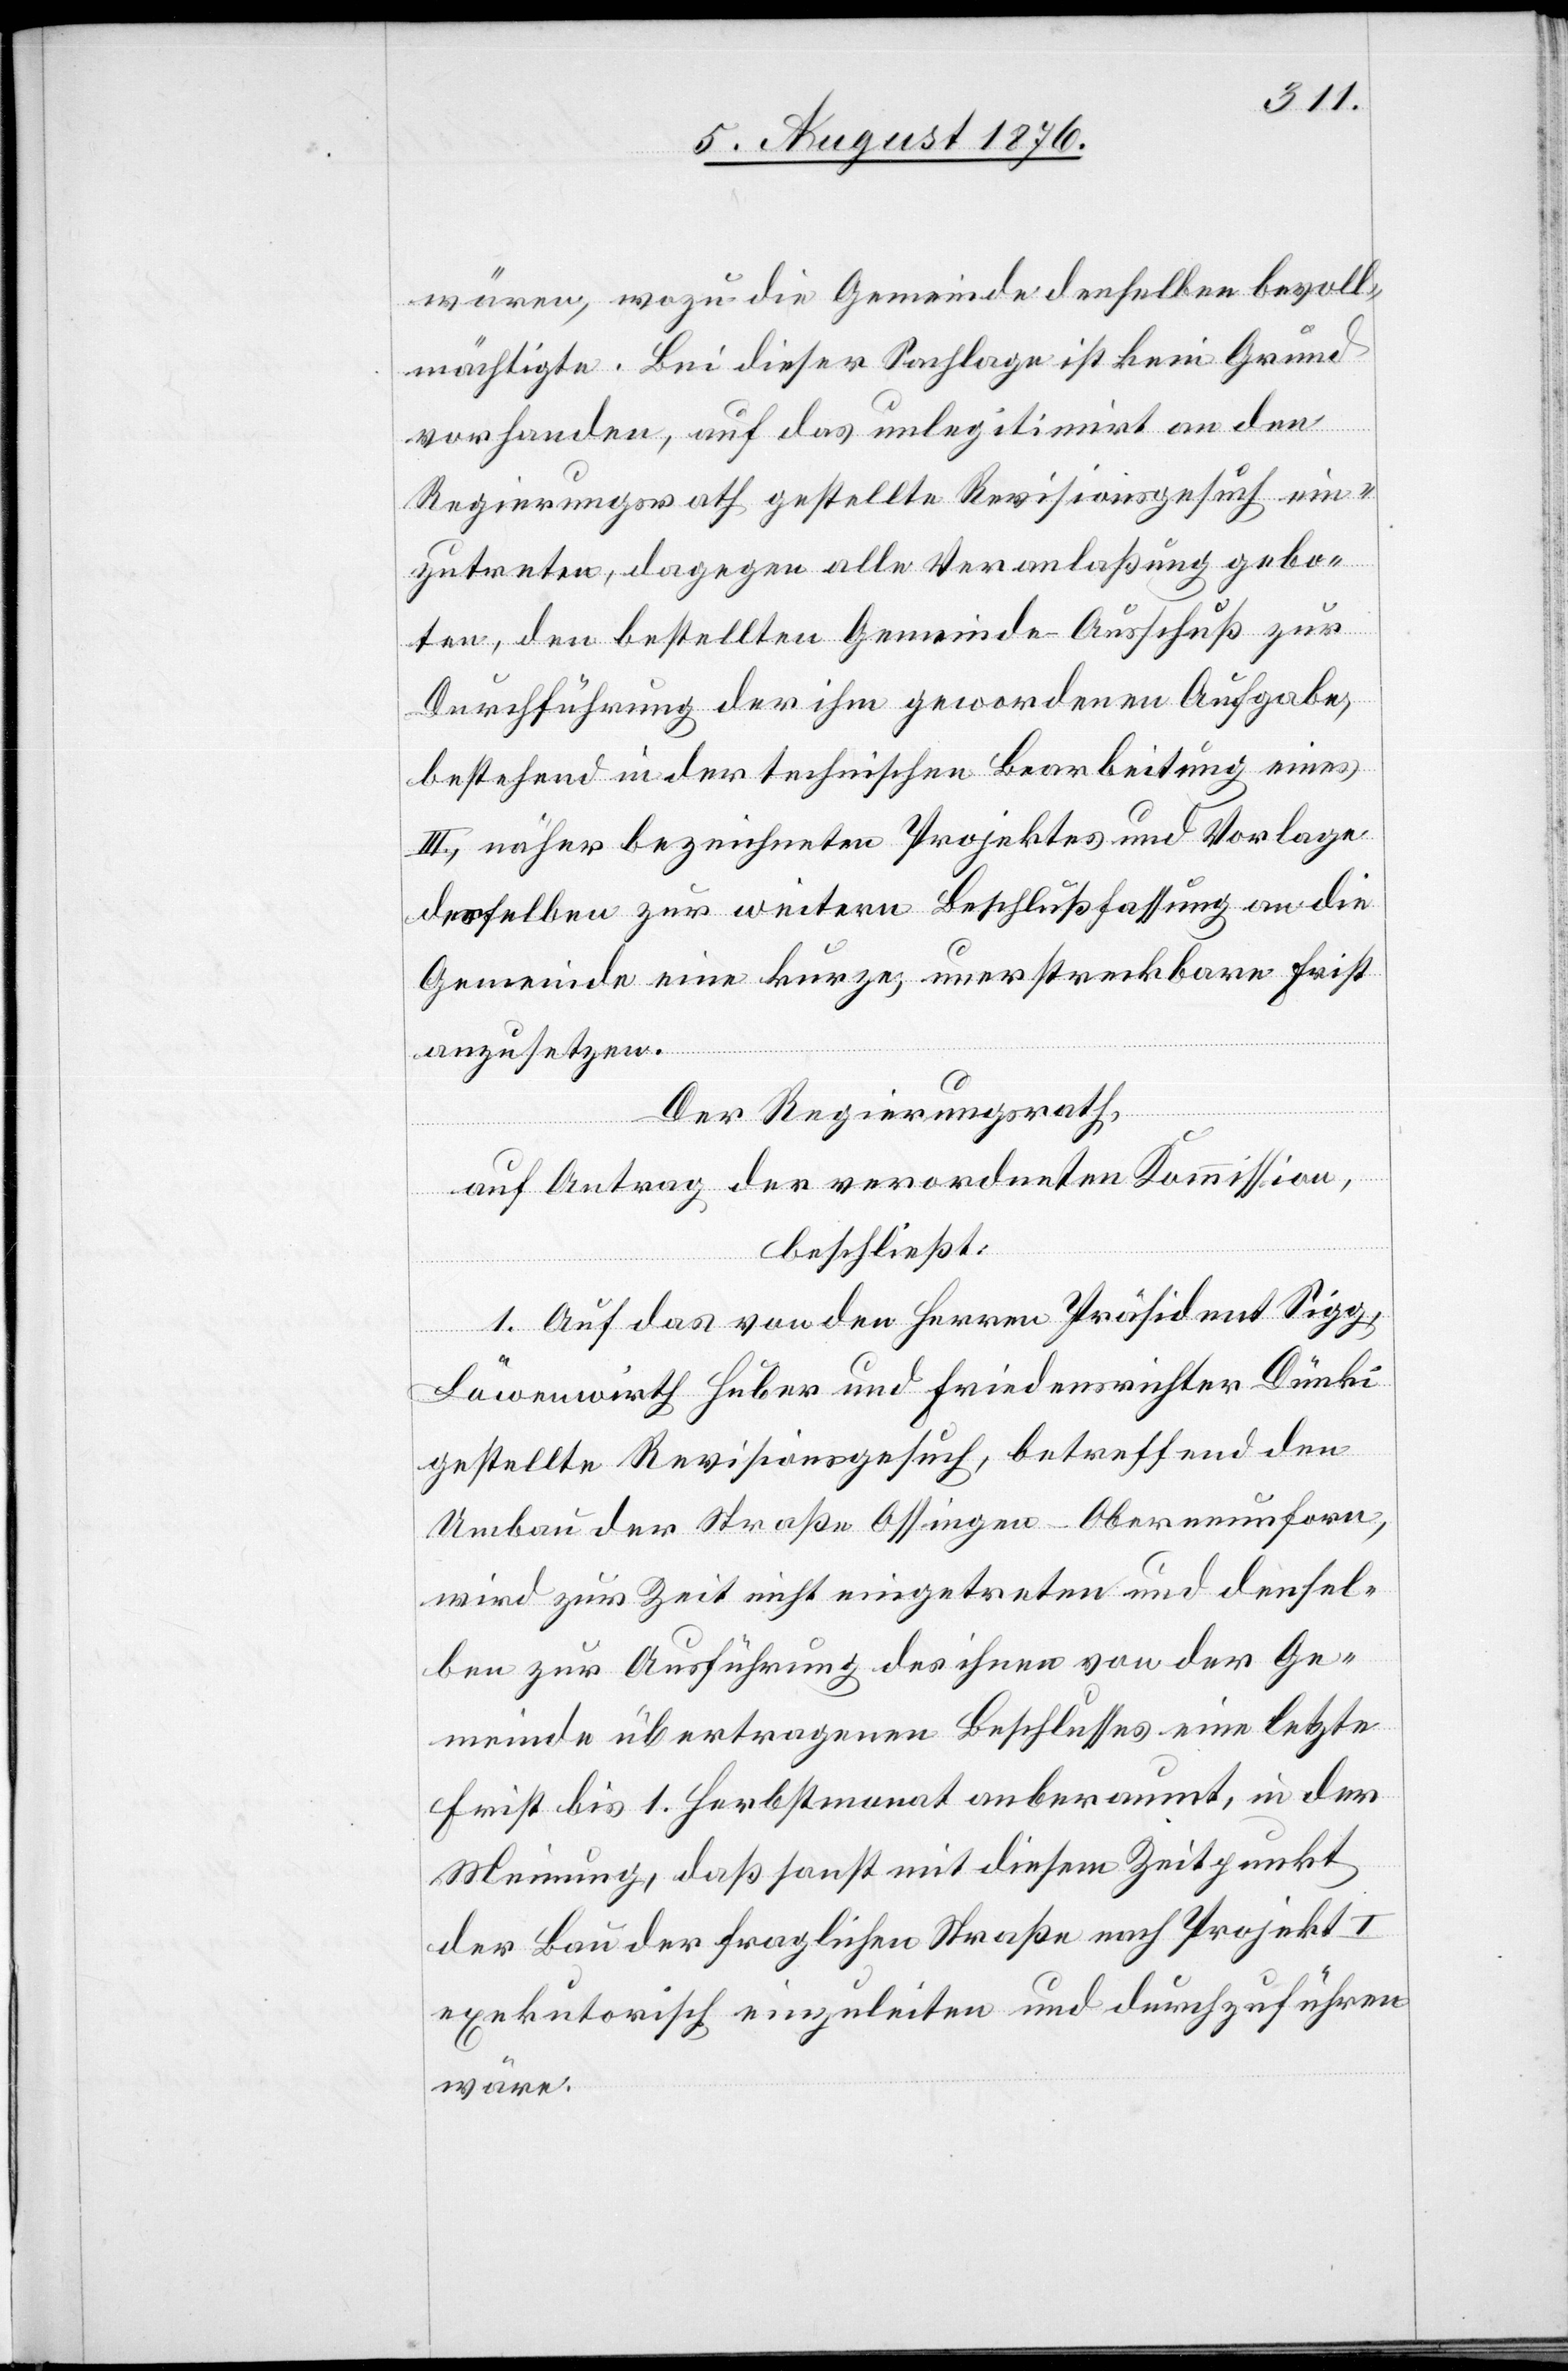
wären, wozu die Gemeinde denselben bevoll¬
mächtigte. Bei dieser Sachlage ist kein Grund
vorhanden, auf das unlegitimirt an den
Regierungsrath gestellte Revisionsgesuch ein¬
zutreten, dagegen alle Veranlaßung gebo¬
ten, den bestellten Gemeinde-Ausschuß zur
Durchführung der ihm gewordenen Aufgabe,
bestehend in der technischen Bearbeitung eines
III., näher bezeichneten Projektes und Vorlage
desselben zur weitern Beschlußfassung an die
Gemeinde eine kurze, unerstreckbare First
anzusetzen.
Der Regierungsrath,
auf Antrag der verordneten Kommission,
beschließt:
1. Auf das von den Herren Präsident Sigg,
Löwenwirth Huber und Friedensrichter Dünki
gestellte Revisionsgesuch, betreffend den
Umbau der Straße Ossingen–Oberneunforn,
wird zur Zeit nicht eingetreten und densel¬
ben zur Ausführung des ihnen von der Ge¬
meinde übertragenen Beschlusses eine letzte
Frist bis 1. Herbstmonat anberaumt, in der
Meinung, daß sonst mit diesem Zeitpunkt
der Bau der fraglichen Straße nach Projekt I
exekutorisch einzuleiten und durchzuführen
wäre.